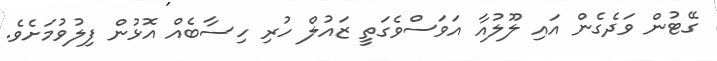
ގޭޓުން ވަދެގެން އައި ލޫލުއާ އަވަސްވެގަތީ ޒައުލް ހުރި ހިސާބެއް އޮޅުން ފިލުވުމަށެވެ.